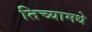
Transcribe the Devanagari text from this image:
तिच्यामधे